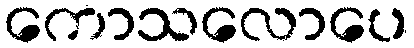
ကောသလောပေ